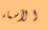
الأسماء